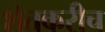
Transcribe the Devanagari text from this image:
शेतकरीच